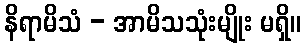
နိရာမိသံ - အာမိသသုံးမျိုး မရှိ။